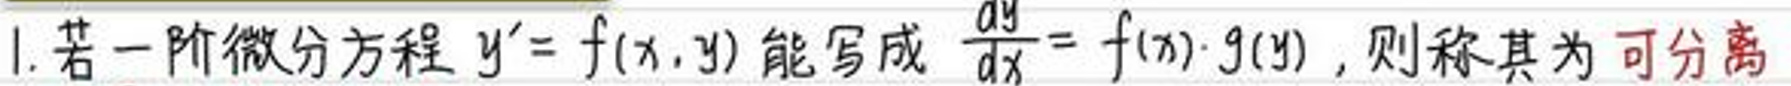
1. 若一阶微分方程 \(y' = f(x,y)\) 能写成 \(\frac{dy}{dx} = f(x) \cdot g(y)\)，则称其为可分离。